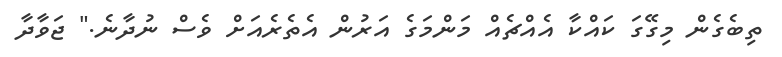
ތިބެގެން މިގޭގަ ކައްކާ އެއްޗެއް މަންމަގެ އަރުން އެތެރެއަށް ވެސް ނުދާނެ." ޖަވާދާ